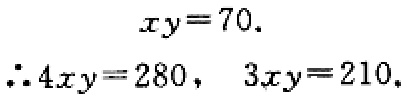
\[
\begin{align*}
xy&=70.\\
\therefore 4xy&=280, \quad 3xy = 210.
\end{align*}
\]